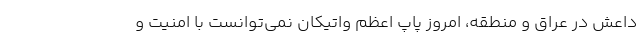
داعش در عراق و منطقه، امروز پاپ اعظم واتیکان نمی‌توانست با امنیت و